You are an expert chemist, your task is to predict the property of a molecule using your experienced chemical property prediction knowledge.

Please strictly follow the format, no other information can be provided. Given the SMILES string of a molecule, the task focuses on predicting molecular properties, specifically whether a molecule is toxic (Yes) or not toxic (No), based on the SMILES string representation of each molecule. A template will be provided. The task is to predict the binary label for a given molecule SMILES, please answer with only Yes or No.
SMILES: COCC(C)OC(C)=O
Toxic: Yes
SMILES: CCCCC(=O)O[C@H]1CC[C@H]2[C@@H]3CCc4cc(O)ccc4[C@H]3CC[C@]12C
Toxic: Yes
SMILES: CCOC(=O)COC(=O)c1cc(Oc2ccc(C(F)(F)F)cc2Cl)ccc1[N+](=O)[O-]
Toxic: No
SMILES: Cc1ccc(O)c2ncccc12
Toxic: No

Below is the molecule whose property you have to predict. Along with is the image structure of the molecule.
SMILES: c1ccc(CCCc2ccncc2)cc1
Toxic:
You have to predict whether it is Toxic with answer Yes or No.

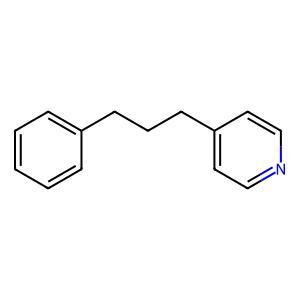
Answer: No